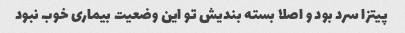
پیتزا سرد بود و اصلا بسته بندیش تو این وضعیت بیماری خوب نبود